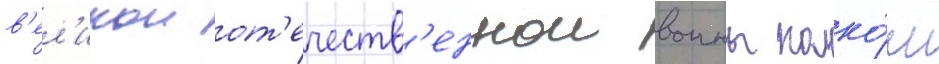
в'ел'икои от'ечеств'еннои воины полко́м